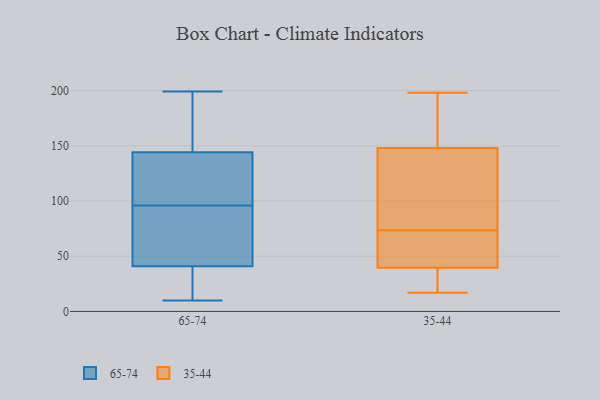
{"axis": {"x": "Production Output", "y": "Value"}, "legend": ["35-44", "65-74"], "data": [{"x": "", "y": 179, "type": "65-74"}, {"x": "", "y": 111, "type": "65-74"}, {"x": "", "y": 27, "type": "65-74"}, {"x": "", "y": 139, "type": "65-74"}, {"x": "", "y": 83, "type": "65-74"}, {"x": "", "y": 199, "type": "65-74"}, {"x": "", "y": 80, "type": "65-74"}, {"x": "", "y": 139, "type": "65-74"}, {"x": "", "y": 10, "type": "65-74"}, {"x": "", "y": 14, "type": "65-74"}, {"x": "", "y": 168, "type": "65-74"}, {"x": "", "y": 65, "type": "65-74"}, {"x": "", "y": 18, "type": "65-74"}, {"x": "", "y": 60, "type": "65-74"}, {"x": "", "y": 109, "type": "65-74"}, {"x": "", "y": 144, "type": "65-74"}, {"x": "", "y": 41, "type": "65-74"}, {"x": "", "y": 153, "type": "65-74"}, {"x": "", "y": 147, "type": "35-44"}, {"x": "", "y": 25, "type": "35-44"}, {"x": "", "y": 34, "type": "35-44"}, {"x": "", "y": 47, "type": "35-44"}, {"x": "", "y": 198, "type": "35-44"}, {"x": "", "y": 188, "type": "35-44"}, {"x": "", "y": 149, "type": "35-44"}, {"x": "", "y": 55, "type": "35-44"}, {"x": "", "y": 131, "type": "35-44"}, {"x": "", "y": 45, "type": "35-44"}, {"x": "", "y": 92, "type": "35-44"}, {"x": "", "y": 17, "type": "35-44"}]}